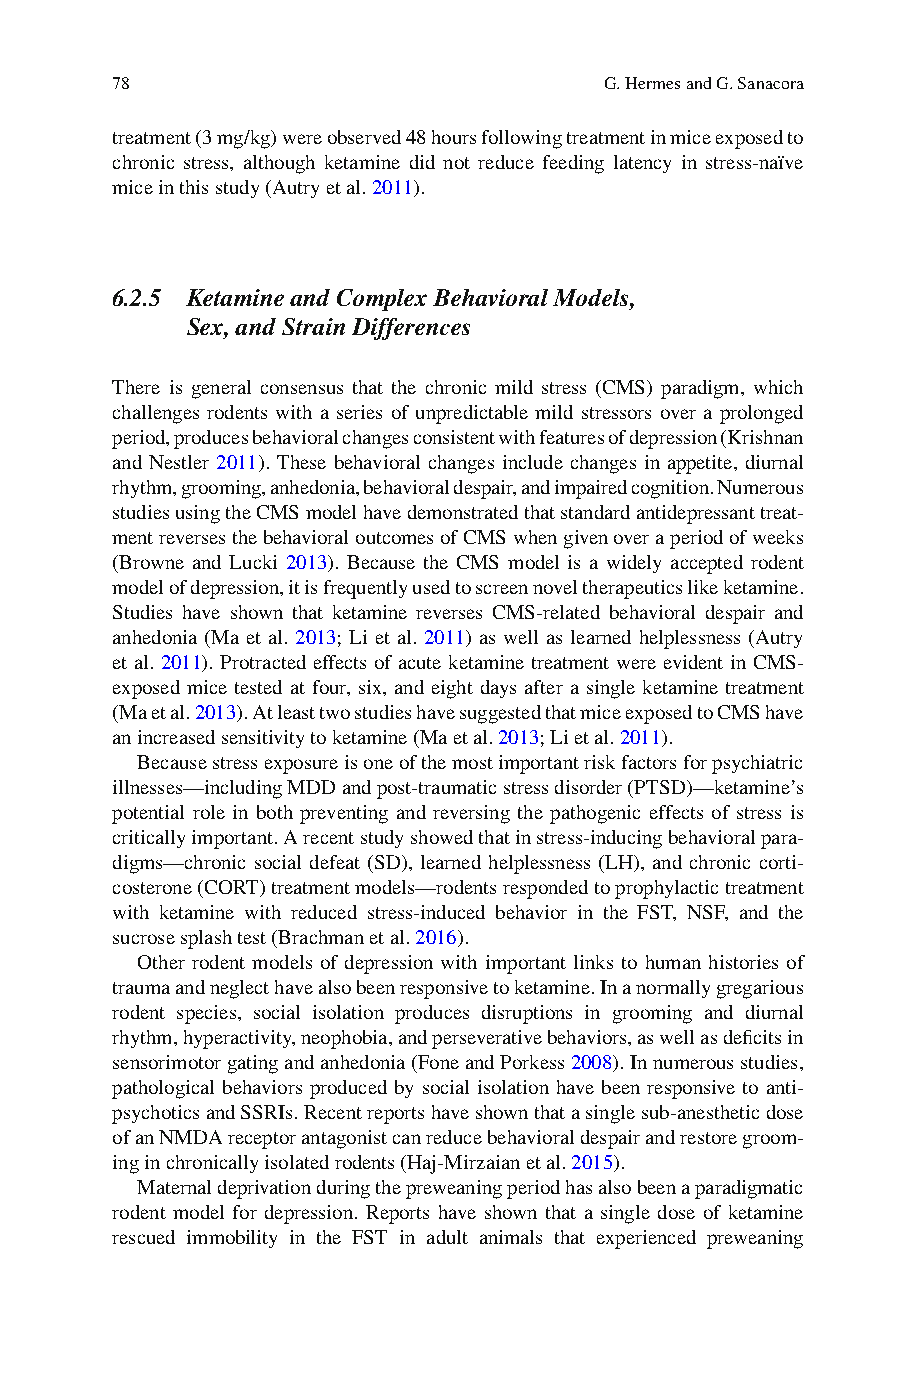
78                               G. Hermes and G. Sanacora
 treatment (3 mg/kg) were observed 48 hours following treatment in mice exposed to
 chronic stress, although ketamine did not reduce feeding latency in stress-naïve
 mice in this study (Autry et al. 2 011 ).
 6.2.5 Ketamine and Complex Behavioral Models,
 Sex, and Strain Differences
 There is general consensus that the chronic mild stress (CMS) paradigm, which
 challenges rodents with a series of unpredictable mild stressors over a prolonged
 period, produces behavioral changes consistent with features of depression (Krishnan
 and Nestler 2 011) . These behavioral changes include changes in appetite, diurnal
 rhythm, grooming, anhedonia, behavioral despair, and impaired cognition. Numerous
 studies using the CMS model have demonstrated that standard antidepressant treat-
 ment reverses the behavioral outcomes of CMS when given over a period of weeks
 (Browne and Lucki 2 013 ). Because the CMS model is a widely accepted rodent
 model of depression, it is frequently used to screen novel therapeutics like ketamine.
 Studies have shown that ketamine reverses CMS-related behavioral despair and
 anhedonia (Ma et al. 2 013; Li et al. 2 011) as well as learned helplessness (Autry
 et al. 2 011 ). Protracted effects of acute ketamine treatment were evident in CMS-
 exposed mice tested at four, six, and eight days after a single ketamine treatment
 (Ma et al. 2013) . At least two studies have suggested that mice exposed to CMS have
 an increased sensitivity to ketamine (Ma et al. 2 013 ; Li et al. 2 011 ).
 B ecause stress exposure is one of the most important risk factors for psychiatric
 illnesses—including MDD and post-traumatic stress disorder (PTSD)—ketamine’s
 potential role in both preventing and reversing the pathogenic effects of stress is
 critically important. A recent study showed that in stress-inducing behavioral para-
 digms—chronic social defeat (SD), learned helplessness (LH), and chronic corti-
 costerone (CORT) treatment models—rodents responded to prophylactic treatment
 with ketamine with reduced stress-induced behavior in the FST, NSF, and the
 sucrose splash test (Brachman et al. 2 016 ).
 Other rodent models of depression with important links to human histories of
 trauma and neglect have also been responsive to ketamine. In a normally gregarious
 rodent species, social isolation produces disruptions in grooming and diurnal
 rhythm, hyperactivity, neophobia, and perseverative behaviors, as well as defi cits in
 sensorimotor gating and anhedonia (Fone and Porkess 2 008 ). In numerous studies,
 pathological behaviors produced by social isolation have been responsive to anti-
 psychotics and SSRIs. Recent reports have shown that a single sub-anesthetic dose
 of an NMDA receptor antagonist can reduce behavioral despair and restore groom-
 ing in chronically isolated rodents (Haj-Mirzaian et al. 2 015 ).
 M aternal deprivation during the preweaning period has also been a paradigmatic
 rodent model for depression. Reports have shown that a single dose of ketamine
 rescued immobility in the FST in adult animals that experienced preweaning